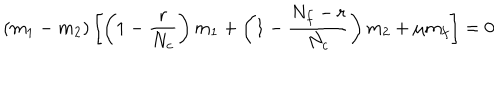
LaTeX: ( m _ { 1 } - m _ { 2 } ) \left[ \left( 1 - \frac { r } { N _ { c } } \right) m _ { 1 } + \left( 1 - \frac { N _ { f } - r } { N _ { c } } \right) m _ { 2 } + \mu m _ { f } \right] = 0